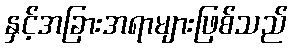
နှင့်အခြားအရာများဖြစ်သည်